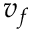
v _ { f }